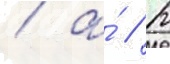
/ а́ // К